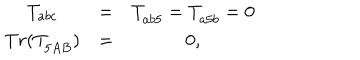
\begin{array} { c c c } { { T _ { a b c } } } & { { = } } & { { T _ { a b { \dot { 5 } } } = T _ { a { \dot { 5 } } b } = 0 } } \\ { { T r ( T _ { { \dot { 5 } } A B } ) } } & { { = } } & { { 0 , } } \\ \end{array}